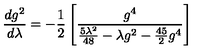
\frac { d g ^ { 2 } } { d \lambda } = - \frac { 1 } { 2 } \left[ \frac { g ^ { 4 } } { \frac { 5 \lambda ^ { 2 } } { 4 8 } - \lambda g ^ { 2 } - \frac { 4 5 } { 2 } g ^ { 4 } } \right]